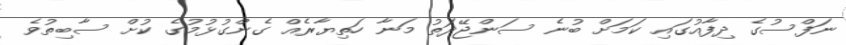
ނަފްސުގެ ދިފާއުގައި ކަމަށް ބުނެ ސަންޖޭދަތު މަނާ ހަތިޔާރެއް ގެންގުޅުމުގެ ކުށް ސާބިތުވެ